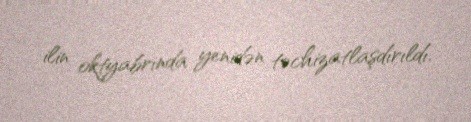
ilin oktyabrında yenidən təchizatlaşdırıldı.